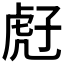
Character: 𧆰